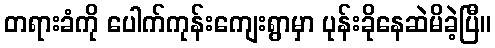
တရားခံကို ပေါက်ကုန်းကျေးရွာမှာ ပုန်းခိုနေဆဲမိခဲ့ပြီ။